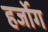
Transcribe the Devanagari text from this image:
हर्जोग